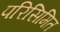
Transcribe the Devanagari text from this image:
परिसिमित